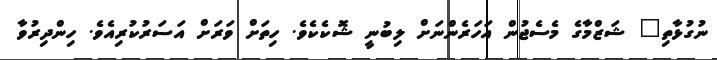
ނުގުޅާތި" ޝަޒްމާގެ މެސެޖުން އަހަރެންނަށް ލިބުނީ ޝޮކެކެވެ. ހިތަށް ވަރަށް އަސަރުކުރިއެވެ. ހިންދިރުވާ